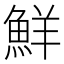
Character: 鮮